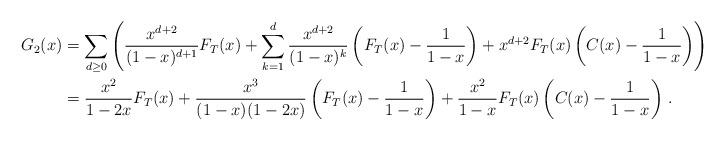
LaTeX: \begin{align*}G_2(x)&=\sum_{d\geq0}\left(\frac{x^{d+2}}{(1-x)^{d+1}}F_T(x)+\sum_{k=1}^d\frac{x^{d+2}}{(1-x)^k}\left(F_T(x)-\frac{1}{1-x}\right) +x^{d+2}F_T(x)\left(C(x)-\frac{1}{1-x}\right)\right) \\ &=\frac{x^2}{1-2x}F_T(x)+\frac{x^3}{(1-x)(1-2x)}\left(F_T(x)-\frac{1}{1-x}\right)+\frac{x^2}{1-x}F_T(x) \left(C(x)-\frac{1}{1-x}\right)\, .\end{align*}